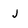
Character: j